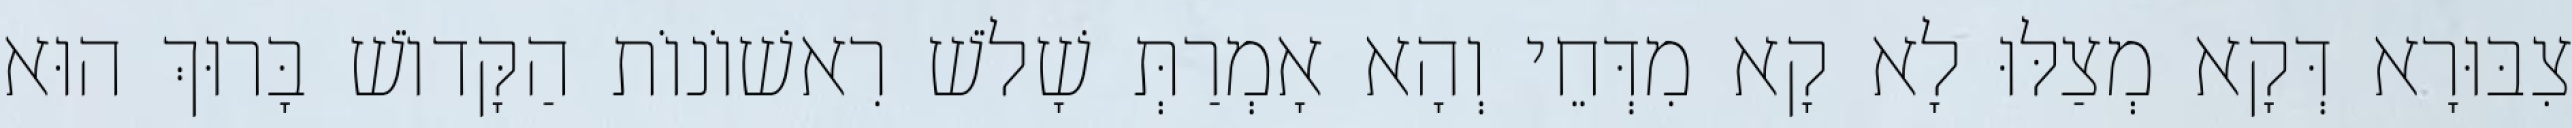
צִבּוּרָא דְּקָא מְצַלּוּ לָא קָא מִדְּחֵי וְהָא אָמְרַתְּ שָׁלֹשׁ רִאשׁוֹנוֹת הַקָּדוֹשׁ בָּרוּךְ הוּא